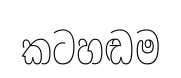
කටහඬම